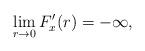
LaTeX: \begin{align*} \lim_{r\rightarrow0}F_{x}^{\prime}(r)=-\infty,\end{align*}